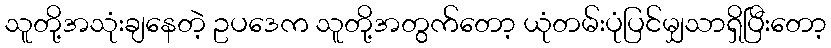
သူတို့အသုံးချနေတဲ့ ဥပဒေက သူတို့အတွက်တော့ ယုံတမ်းပုံပြင်မျှသာရှိပြီးတော့